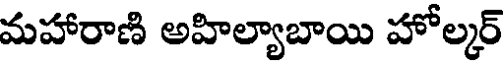
మహారాణి అహిల్యాబాయి హోల్కర్